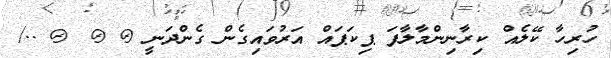
ހުރިހާ ކޭލެއް ކިރާނިންމާލާފަ ޕިކަޕައް އަރުވައިގެން ގެންދަނީ @ @_ @ ../